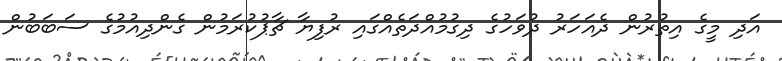
އަދި މީގެ އިތުރުން ދެއަހަރު ދުވަހުގެ ދިގުމުއްދަތެއްގައި ރުފިޔާ ޗާޕުކުރަމުން ގެންދިއުމުގެ ސަބަބުން